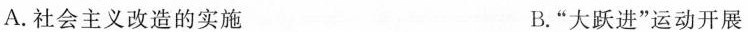
A.社会主义改造的实施 B.”大跃进”运动开展